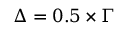
\Delta = 0 . 5 \times \Gamma